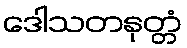
ဒေါသတနုတ္တံ